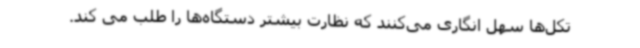
تکل‌ها سهل انگاری می‌کنند که نظارت بیشتر دستگاه‌ها را طلب می کند.